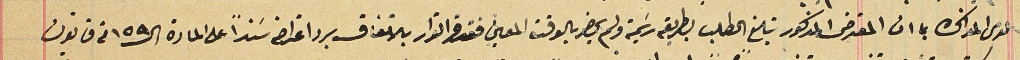
لدى المذاكرة بما ان المعترض المذكور تبلغ الطلب بطريقة رسَمية ولم يحضر بالوقت المعين فقد قر القرار بالاتفاق برد اعتراضه سَنداً على المادة ال١٥٩ من قانون